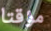
مؤقتا